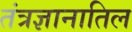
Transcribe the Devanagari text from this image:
तंत्रज्ञानातिल